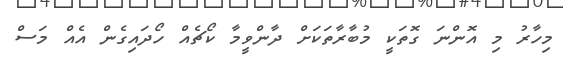
މިހާރު މި އޮންނަ ގޮތަކީ މުބާރާތަކަށް ދާންވީމާ ކޯޗެއް ހޯދައިގެން އެއް މަސް